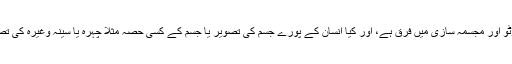
اور كيا كيمرہ كى فوٹو اور مجسمہ سازى ميں فرق ہے، اور كيا انسان كے پورے جسم كى تصوير يا جسم كے كسى حصہ مثلا چہرہ يا سينہ وغيرہ كى تصوير ميں فرق ہے ؟